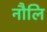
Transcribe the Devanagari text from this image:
नौलि